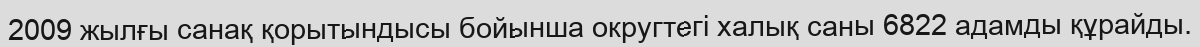
2009 жылғы санақ қорытындысы бойынша округтегі халық саны 6822 адамды құрайды.